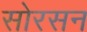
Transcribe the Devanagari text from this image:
सोरसन